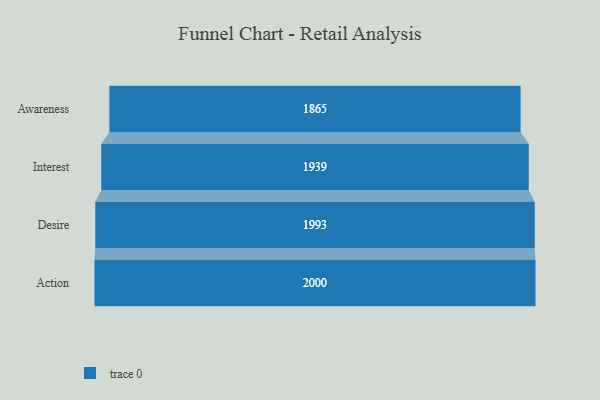
{"axis": {"x": "Stage", "y": "Value"}, "legend": [""], "data": [{"x": "Awareness", "y": 1865.0, "type": ""}, {"x": "Interest", "y": 1939.0, "type": ""}, {"x": "Desire", "y": 1993.0, "type": ""}, {"x": "Action", "y": 2000, "type": ""}]}